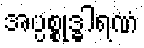
အပ္ပစ္စုဒ္ဓါရဏံ